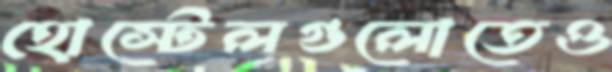
হোস্টেলগুলোতেও